Annual report of the Bengal Veterinary College and of the Civil Veterinary Department, Bengal, for the year 1907-1908 - 1907-1908
Year: 1907
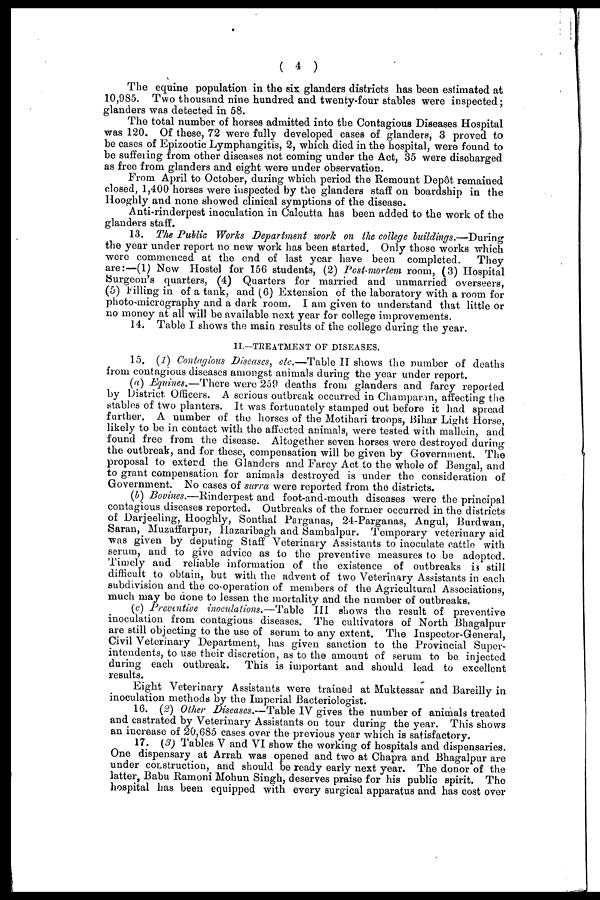
( 4 )
The equine population in the six glanders districts has been estimated at
10,985. Two thousand nine hundred and twenty-four stables were inspected;
glanders was detected in 58.
The total number of horses admitted into the Contagious Diseases Hospital
was 120. Of these, 72 were fully developed cases of glanders, 3 proved to
be cases of Epizootic Lymphangitis, 2, which died in the hospital, were found to
be suffering from other diseases not coming under the Act, 35 were discharged
as free from glanders and eight were under observation.
From April to October, during which period the Remount Dep6t remained
closed, 1,400 horses were inspected by the glanders staff on boardship in the
Hooghly and none showed clinical symptions of the disease.
Anti-rinderpest inoculation in Calcutta has been added to the work of the
glanders staff.
13. The Public Works Department work on the college buildings.—During
the year under report no new work has been started. Only those works which
were commenced at the end of last year have been completed.
They
are:—(1) New Hostel for 156 students, (2) Post-mortem room, (3) Hospital
Surgeon's quarters, (4) Quarters for married and unmarried overseers,
(5) Filling in of a tank, and (6) Extension of the laboratory with a room for
photo-micrography and a dark room. I am given to understand that little or
no money at all will be available next year for college improvements.
14. Table I shows the main results of the college during the year.
II.—TREATMENT OF DISEASES.
15. (1) Contagious Diseases, etc.—Table II shows the number of deaths
from contagious diseases amongst animals during the year under report.
(a) Equines.—There were 259 deaths from glanders and farcy reported
by District Officers. A serious outbreak occurred in Champaran, affecting the
stables of two planters. It was fortunately stamped out before it had spread
further. A number of the horses of the Motihari troops, Bihar Light Horse,
likely to be in contact with the affected animals, were tested with mallein, and
found free from the disease. Altogether seven horses were destroyed during
the outbreak, and for these, compensation will be given by Government. The
proposal to extend the Glanders and Farcy Act to the whole of Bengal, and
to grant compensation for animals destroyed is under the consideration of
Government. No cases of surra were reported from the districts.
(b) Bovines.—Rinderpest and foot-and-mouth diseases were the principal
contagious diseases reported. Outbreaks of the former occurred in the districts
of Darjeeling, Hooghly, Sonthal Parganas, 24-Parganas, Angul, Burdwan,
Saran, Muzaffarpur, Hazaribagh and Bambalpur. Temporary veterinary aid
was given by deputing Staff Veterinary Assistants to inoculate cattle with
serum, and to give advice as to the preventive measures to be adopted.
Timely and reliable information of the existence of outbreaks is still
difficult to obtain, but with the advent of two Veterinary Assistants in each
subdivision and the co-operation of members of the Agricultural Associations,
much may be done to lessen the mortality and the number of outbreaks.
(c) Preventive inoculations.—Table III shows the result of preventive
inoculation from contagious diseases. The cultivators of North Bhagalpur
are still objecting to the use of serum to any extent. The Inspector-General,
Civil Veterinary Department, has given sanction to the Provincial Super-
intendents, to use their discretion, as to the amount of serum to be injected
during each outbreak. This is important and should lead to excellent
results.
Eight Veterinary Assistants were trained at Muktessar and Bareilly in
inoculation methods by the Imperial Bacteriologist.
16. (2) Other Diseases.—Table IV gives the number of animals treated
and castrated by Veterinary Assistants on tour during the year. This shows
an increase of 20,685 cases over the previous year which is satisfactory.
17. (3) Tables V and VI show the working of hospitals and dispensaries.
One dispensary at Arrah was opened and two at Chapra and Bhagalpur are
under construction, and should be ready early next year. The donor of the
latter, Babu Ramoni Mohun Singh, deserves praise for his public spirit. The
hospital has been equipped with every surgical apparatus and has cost over